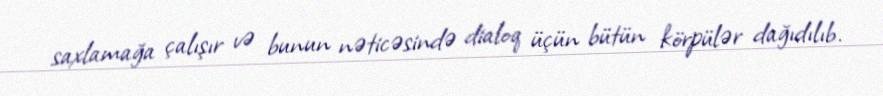
saxlamağa çalışır və bunun nəticəsində dialoq üçün bütün körpülər dağıdılıb.